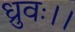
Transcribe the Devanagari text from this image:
ध्रुवः।।